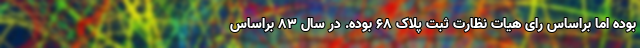
بوده اما براساس رای هیات نظارت ثبت پلاک ۶۸ بوده. در سال ۸۳ براساس